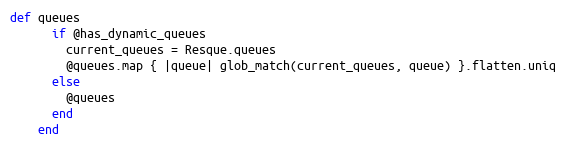
Language: Ruby
def queues
      if @has_dynamic_queues
        current_queues = Resque.queues
        @queues.map { |queue| glob_match(current_queues, queue) }.flatten.uniq
      else
        @queues
      end
    end